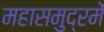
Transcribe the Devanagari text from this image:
महासमुद्रमें